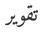
تقوير